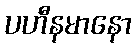
ပဟီနမာနော